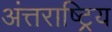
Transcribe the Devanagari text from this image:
अंत्तराष्ट्रिय